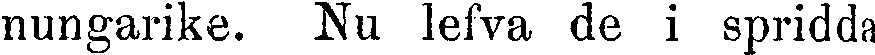
nungarike. Nu lefva de i spridda